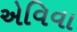
એવિવા